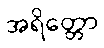
အရိတ္တော